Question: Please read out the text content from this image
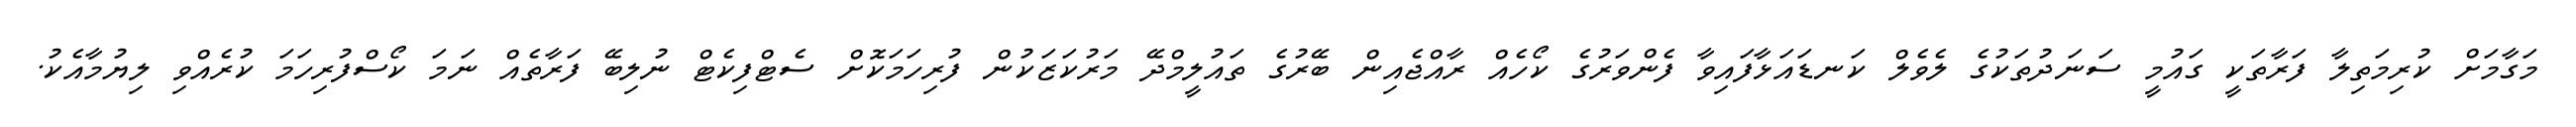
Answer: މަގާމަށް ކުރިމަތިލާ ފަރާތަކީ ގައުމީ ސަނަދުތަކުގެ ލެވެލް ކަނޑައަޅާފައިވާ ފެންވަރުގެ ކޯހެއް ރާއްޖެއިން ބޭރުގެ ތައުލީމްދޭ މަރުކަޒަކުން ފުރިހަމަކޮށް ސެޓްފިކެޓް ނުލިބޭ ފަރާތެއް ނަމަ ކޯސްފުރިހަމަ ކުރެއްވި ލިޔުމާއެކު.